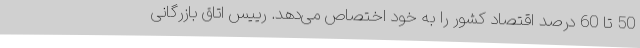
50 تا 60 درصد اقتصاد کشور را به خود اختصاص می‌دهد. رییس اتاق بازرگانی